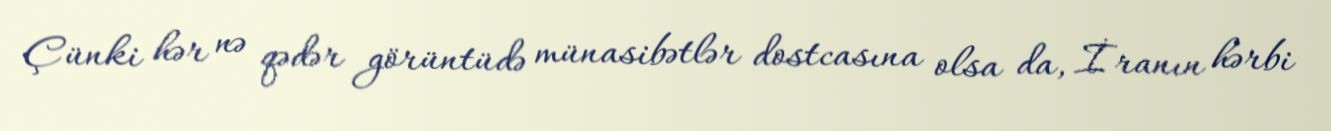
Çünki hər nə qədər görüntüdə münasibətlər dostcasına olsa da, İranın hərbi